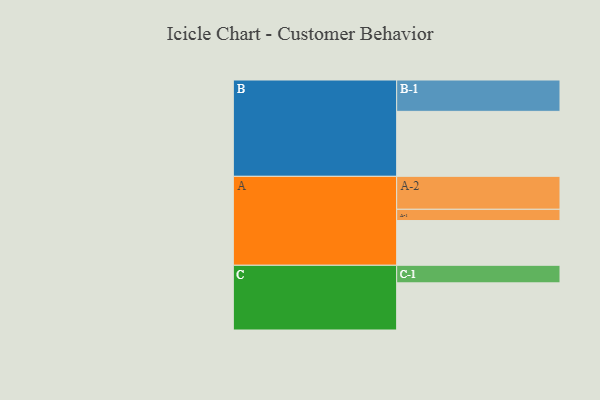
{"axis": {"x": "Segment", "y": "Value"}, "legend": ["", "A", "B", "C"], "data": [{"x": "A", "y": 334, "type": ""}, {"x": "B", "y": 485, "type": ""}, {"x": "C", "y": 352, "type": ""}, {"x": "A-1", "y": 84, "type": "A"}, {"x": "A-2", "y": 246, "type": "A"}, {"x": "B-1", "y": 234, "type": "B"}, {"x": "C-1", "y": 131, "type": "C"}]}